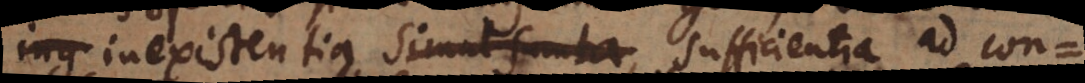
ing inexistentia simul sumta, sufficientia ad con